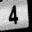
Digit: 4